Vaccination in Bombay 1913-1923 - 1913-1923
Year: 1913
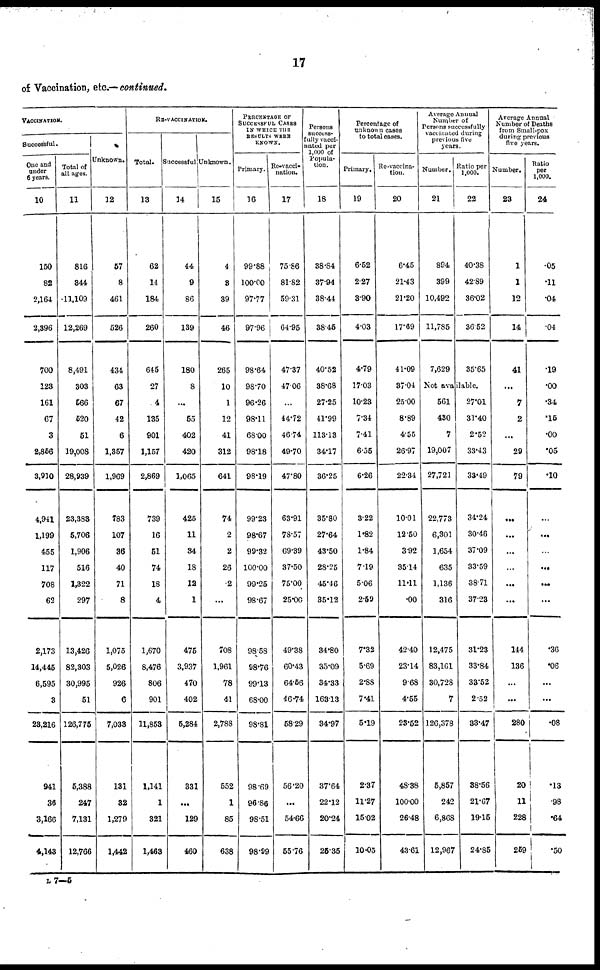
17
of Vaccination, etc.— continued.
VACCINATION.
Successful.
One and
under
6 years.
10
150
82
2,164
2,396
700
123
161
67
3
2,856
3,910
4,941
1,199
455
117
708
62
2,173
14,445
6,595
3
28,216
941
36
3,166
4,143
Total of
all ages.
11
816
344
11,109
12,269
8,491
303
566
620
61
19,008
28,939
23,383
5,706
1,906
516
1,322
297
13,426
82,303
30,995
51
126,775
5,388
247
7,131
12,766
Unknown.
12
57
8
461
526
434
63
67
42
6
1,357
1,969
783
107
36
40
71
8
1,075
5,026
926
6
7,033
131
32
1,279
1,442
RE-VACCINATION.
Total.
13
62
14
184
260
645
27
4
135
901
1,157
2,869
739
16
51
74
18
4
1,670
8,476
806
901
11,853
1,141
1
321
1,463
Successful
14
44
9
86
139
180
8
...
55
402
420
1,065
425
11
34
18
12
1
475
3,937
470
402
5,284
331
...
129
460
Unknown.
15
4
3
39
46
265
10
1
12
41
312
641
74
2
2
26
.2
...
708
1,961
78
41
2,788
552
1
85
638
PERCENTAGE OF
SUCCESSFUL CASES
IN WHICH THE
RESULTS WERE
KNOWN.
Primary.
16
99.88
100.00
97.77
97.96
98.64
98.70
96.26
98.11
6800
98.18
98.19
99.23
98.67
99.32
100.00
99.25
98.67
98.58
98.76
99.13
68.00
98.81
98.69
96.86
98.51
98.99
Re-vacci-
nation.
17
75.86
81.82
59.31
64.95
47.37
47.06
...
44.72
46.74
49.70
47.80
63.91
78.57
69.39
37.50
75.00
25.00
49.38
60.43
64.56
46.74
58.29
56.20
...
54.66
55.76
Persons
success¬
fully vacci¬
nated per
1,000 of
Popula-
tion.
18
38.84
3794
38.44
38.46
40.52
38.68
27.25
41.99
113.13
34.17
36.25
35.80
27.64
43.50
28.25
45.46
35.12
34.80
35.09
34.33
163.13
34.97
37.64
22.12
20.24
25.35
Percentage of
unknown cases
to total cases.
Primary.
19
6.52
2.27
3.90
4.03
4.79
17.03
10.23
734
7.41
6.55
6.26
3.22
1.82
1.84
7.19
5.06
2.59
7.32
5.69
2.88
7.41
5.19
2.37
11.27
15.02
10.05
Re-vaccina¬
tion.
20
6.45
21.43
21.20
17.69
41.09
37.04
25.00
8.89
4.55
26.97
22.34
10.01
12.50
3.92
35.14
11.11
.00
42.40
23.14
9.68
4.55
23.52
48.38
100.00
26.48
43.61
Average Annual
Number of
Persons successfully
vaccinated during
previous five
years.
Number.
21
894
399
10,492
11,785
7,629
Ratio per
1,000.
22
40.38
42.89
36.02
36.52
35.65
Not available.
561
430
7
19,007
27,721
22,773
6,301
1,654
635
1,136
316
12,475
83,161
30,728
7
126,378
5,857
242
6,868
12,967
27.01
31.40
2.52
33.43
33.49
34.24
30.46
37.09
33.59
38.71
37.23
31.23
33.84
33.52
2.52
33.47
88.56
21.67
19.15
24.85
Average Annual
Number of Deaths
from Small-pox
during previous
five years.
Number.
23
1
1
12
14
41
...
7
2
...
29
79
...
...
...
...
...
...
144
136
...
...
280
20
11
228
259
Ratio
per
1,000.
24
.05
.11
.04
.04
.19
.00
.34
.15
.00
.05
.10
...
...
...
...
...
...
.36
.06
...
...
.08
.13
.98
.64
.50
L 7—5